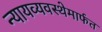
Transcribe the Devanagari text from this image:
न्यायव्यवस्थेमार्फत